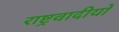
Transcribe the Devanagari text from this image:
राष्ट्रवादीयों